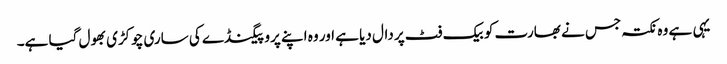
یہی ہے وہ نکتہ جس نے بھارت کو بیک فٹ پر دال دیا ہے اور وہ اپنے پروپیگنڈے کی ساری چوکڑی بھول گیا ہے۔